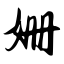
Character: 姗